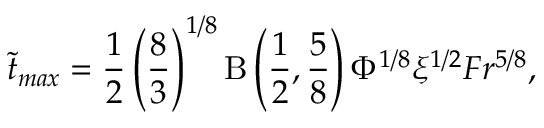
\tilde { t } _ { m a x } = \frac { 1 } { 2 } \left( \frac { 8 } { 3 } \right) ^ { 1 / 8 } \mathrm { B } \left( \frac { 1 } { 2 } , \frac { 5 } { 8 } \right) \Phi ^ { 1 / 8 } \xi ^ { 1 / 2 } F r ^ { 5 / 8 } ,